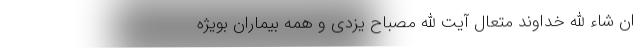
ان شاء الله خداوند متعال آیت الله مصباح یزدی و همه بیماران بویژه